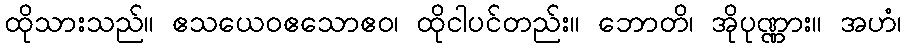
ထိုသားသည်။ ဧသယေဝဧသောဧဝ၊ ထိုငါပင်တည်း။ ဘောတိ၊ အိုပုဏ္ဏား။ အဟံ၊